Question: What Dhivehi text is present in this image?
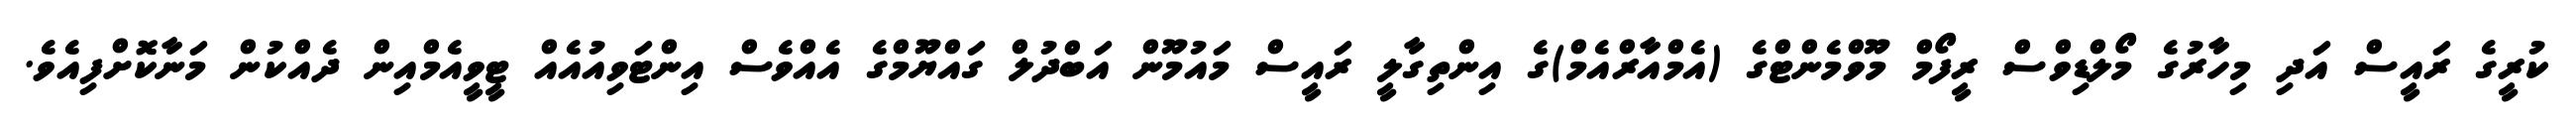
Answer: ކުރީގެ ރައީސް އަދި މިހާރުގެ މޯލްޑިވްސް ރީފޯމް މޫވްމެންޓްގެ (އެމްއާރްއެމް)ގެ އިންތިގާލީ ރައީސް މައުމޫން އަބްދުލް ގައްޔޫމްގެ އެއްވެސް އިންޓަވިއުއެއް ޓީވީއެމްއިން ދެއްކުން މަނާކޮށްފިއެވެ.